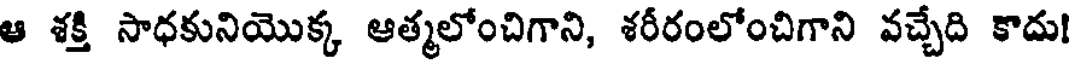
ఆ శక్తి సాధకునియొక్క ఆత్మలోంచిగాని, శరీరంలోంచిగాని వచ్చేది కాదు